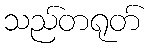
သည်တရုတ်